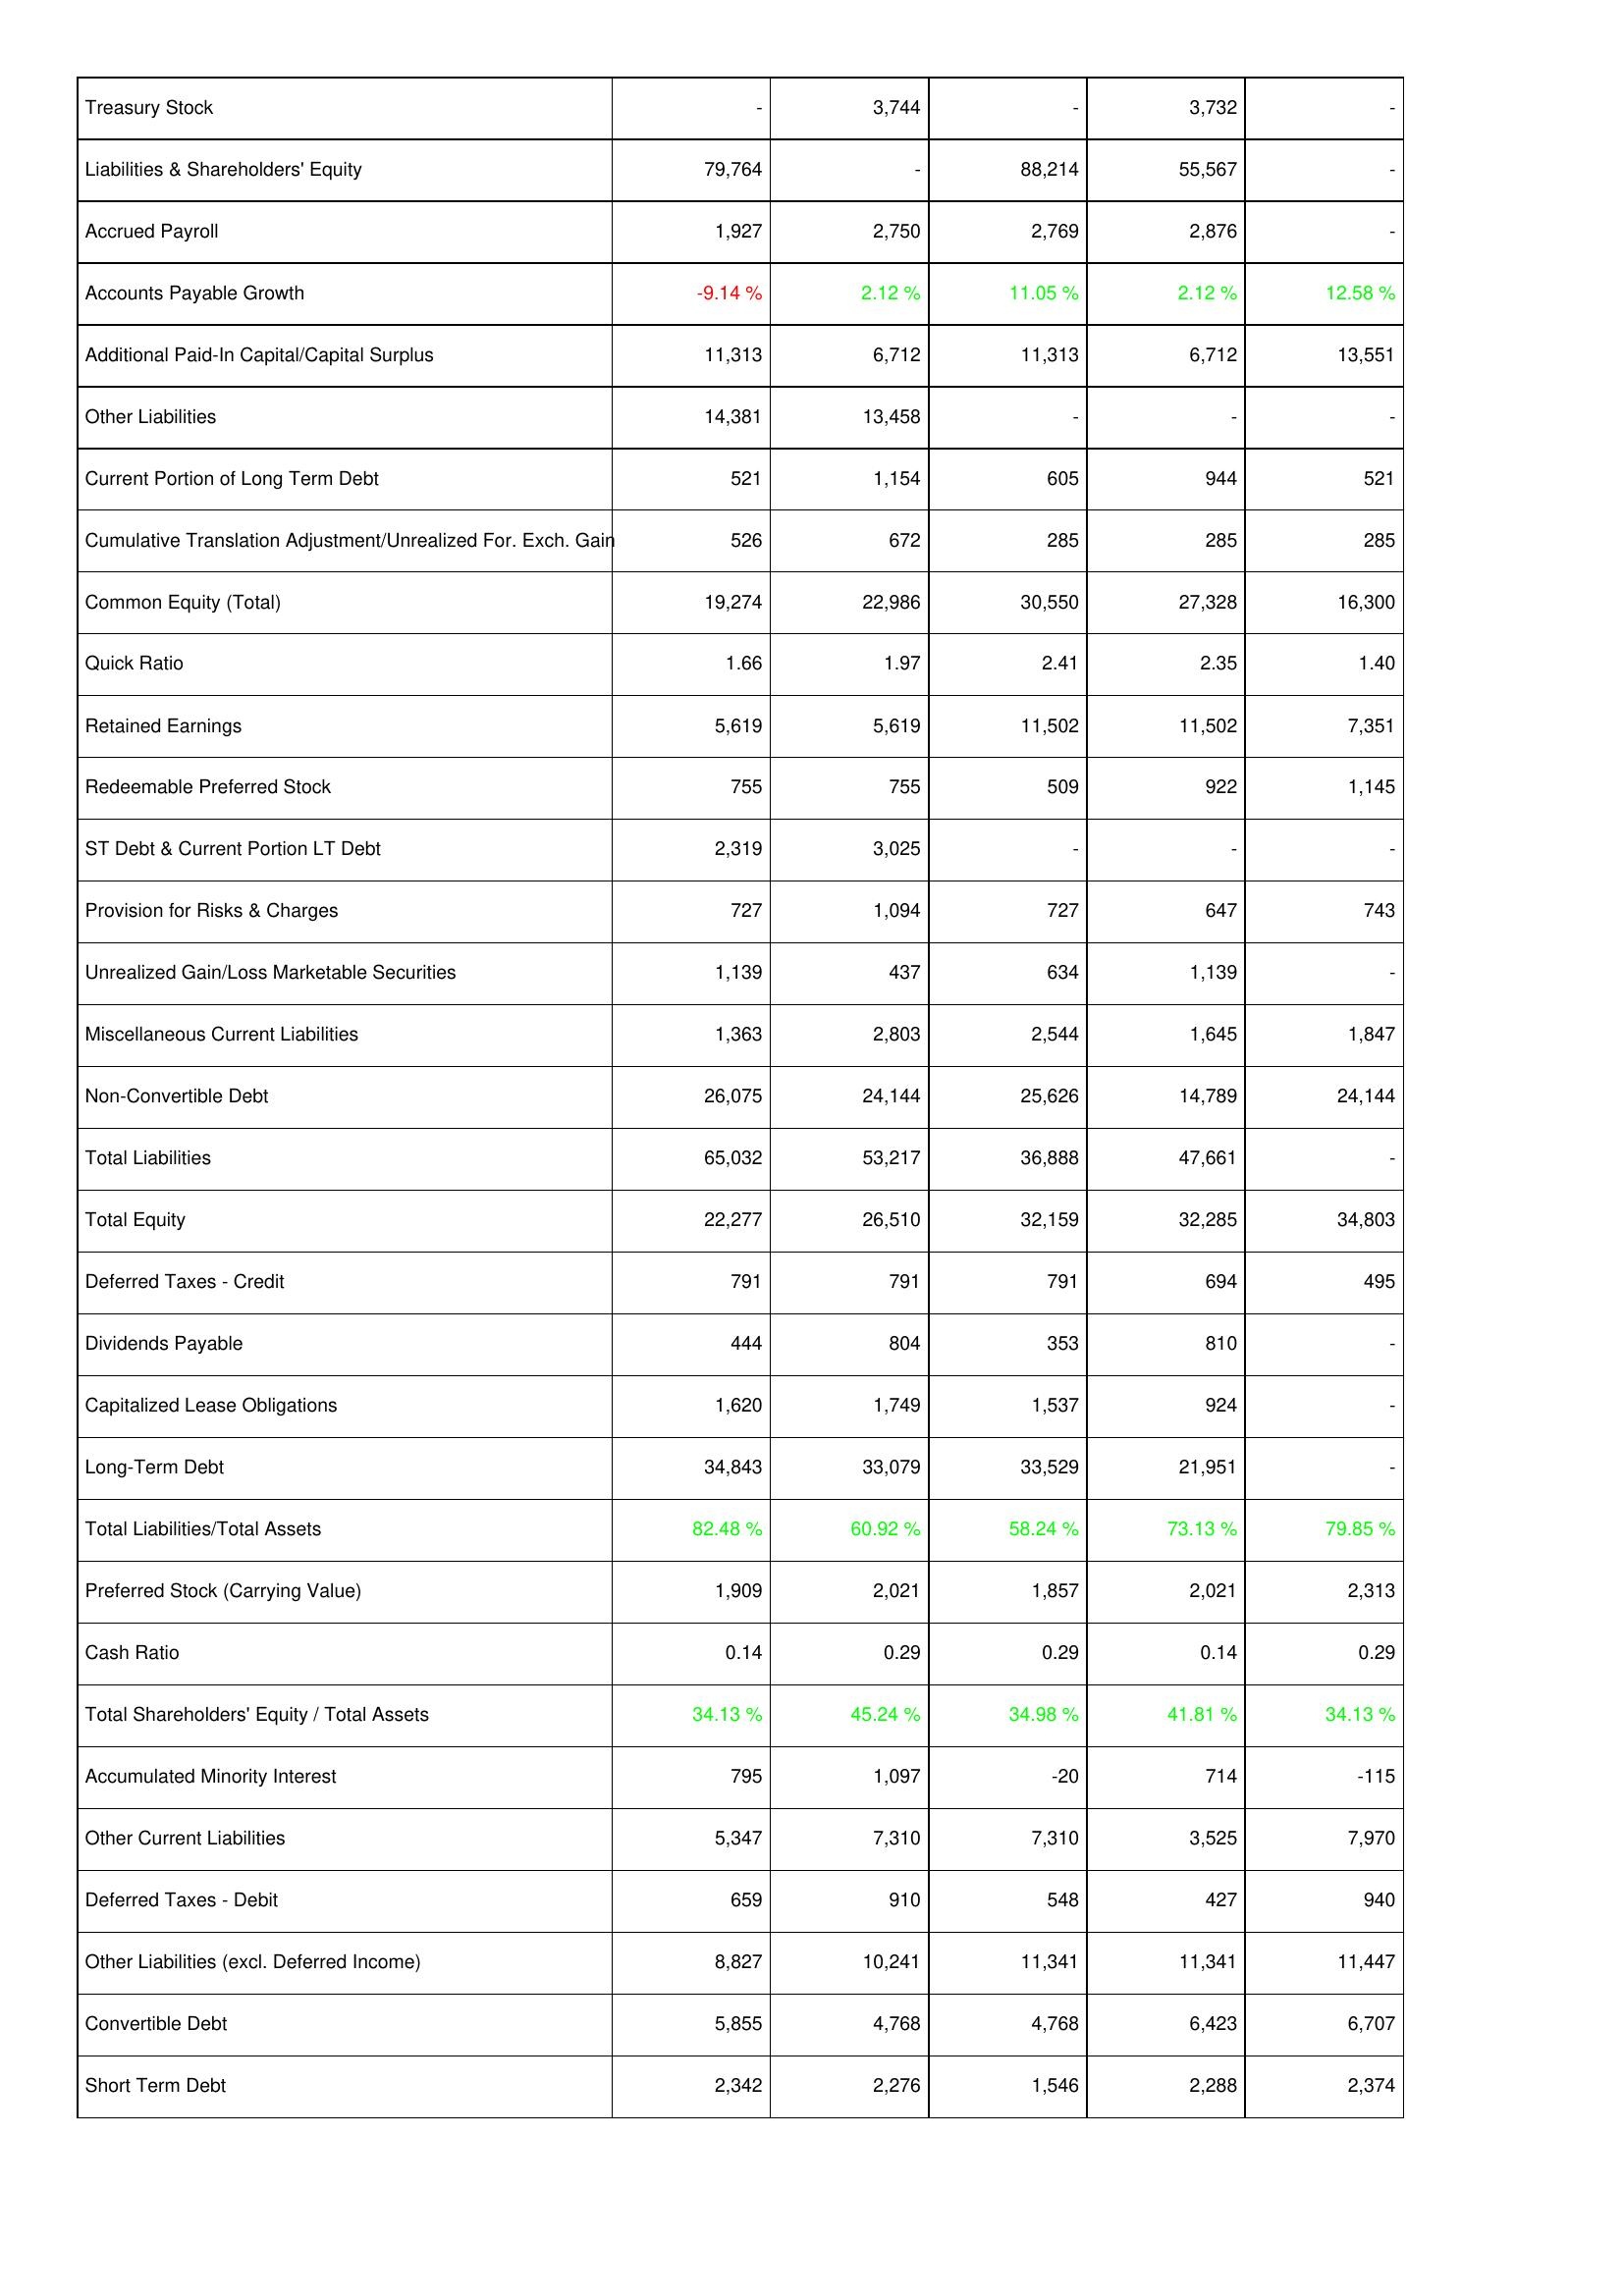
2021: Liabilities & Shareholders' Equity: Treasury Stock: -
Liabilities & Shareholders' Equity: 79,764
Accrued Payroll: 1,927
Accounts Payable Growth: -9.14 %
Additional Paid-In Capital/Capital Surplus: 11,313
Other Liabilities: 14,381
Current Portion of Long Term Debt: 521
Cumulative Translation Adjustment/Unrealized For. Exch. Gain: 526
Common Equity (Total): 19,274
Quick Ratio: 1.66
Retained Earnings: 5,619
Redeemable Preferred Stock: 755
ST Debt & Current Portion LT Debt: 2,319
Provision for Risks & Charges: 727
Unrealized Gain/Loss Marketable Securities: 1,139
Miscellaneous Current Liabilities: 1,363
Non-Convertible Debt: 26,075
Total Liabilities: 65,032
Total Equity: 22,277
Deferred Taxes - Credit: 791
Dividends Payable: 444
Capitalized Lease Obligations: 1,620
Long-Term Debt: 34,843
Total Liabilities/Total Assets: 82.48 %
Preferred Stock (Carrying Value): 1,909
Cash Ratio: 0.14
Total Shareholders' Equity / Total Assets: 34.13 %
Accumulated Minority Interest: 795
Other Current Liabilities: 5,347
Deferred Taxes - Debit: 659
Other Liabilities (excl. Deferred Income): 8,827
Convertible Debt: 5,855
Short Term Debt: 2,342
2020: Liabilities & Shareholders' Equity: Treasury Stock: 3,744
Liabilities & Shareholders' Equity: -
Accrued Payroll: 2,750
Accounts Payable Growth: 2.12 %
Additional Paid-In Capital/Capital Surplus: 6,712
Other Liabilities: 13,458
Current Portion of Long Term Debt: 1,154
Cumulative Translation Adjustment/Unrealized For. Exch. Gain: 672
Common Equity (Total): 22,986
Quick Ratio: 1.97
Retained Earnings: 5,619
Redeemable Preferred Stock: 755
ST Debt & Current Portion LT Debt: 3,025
Provision for Risks & Charges: 1,094
Unrealized Gain/Loss Marketable Securities: 437
Miscellaneous Current Liabilities: 2,803
Non-Convertible Debt: 24,144
Total Liabilities: 53,217
Total Equity: 26,510
Deferred Taxes - Credit: 791
Dividends Payable: 804
Capitalized Lease Obligations: 1,749
Long-Term Debt: 33,079
Total Liabilities/Total Assets: 60.92 %
Preferred Stock (Carrying Value): 2,021
Cash Ratio: 0.29
Total Shareholders' Equity / Total Assets: 45.24 %
Accumulated Minority Interest: 1,097
Other Current Liabilities: 7,310
Deferred Taxes - Debit: 910
Other Liabilities (excl. Deferred Income): 10,241
Convertible Debt: 4,768
Short Term Debt: 2,276
2019: Liabilities & Shareholders' Equity: Treasury Stock: -
Liabilities & Shareholders' Equity: 88,214
Accrued Payroll: 2,769
Accounts Payable Growth: 11.05 %
Additional Paid-In Capital/Capital Surplus: 11,313
Other Liabilities: -
Current Portion of Long Term Debt: 605
Cumulative Translation Adjustment/Unrealized For. Exch. Gain: 285
Common Equity (Total): 30,550
Quick Ratio: 2.41
Retained Earnings: 11,502
Redeemable Preferred Stock: 509
ST Debt & Current Portion LT Debt: -
Provision for Risks & Charges: 727
Unrealized Gain/Loss Marketable Securities: 634
Miscellaneous Current Liabilities: 2,544
Non-Convertible Debt: 25,626
Total Liabilities: 36,888
Total Equity: 32,159
Deferred Taxes - Credit: 791
Dividends Payable: 353
Capitalized Lease Obligations: 1,537
Long-Term Debt: 33,529
Total Liabilities/Total Assets: 58.24 %
Preferred Stock (Carrying Value): 1,857
Cash Ratio: 0.29
Total Shareholders' Equity / Total Assets: 34.98 %
Accumulated Minority Interest: -20
Other Current Liabilities: 7,310
Deferred Taxes - Debit: 548
Other Liabilities (excl. Deferred Income): 11,341
Convertible Debt: 4,768
Short Term Debt: 1,546
2018: Liabilities & Shareholders' Equity: Treasury Stock: 3,732
Liabilities & Shareholders' Equity: 55,567
Accrued Payroll: 2,876
Accounts Payable Growth: 2.12 %
Additional Paid-In Capital/Capital Surplus: 6,712
Other Liabilities: -
Current Portion of Long Term Debt: 944
Cumulative Translation Adjustment/Unrealized For. Exch. Gain: 285
Common Equity (Total): 27,328
Quick Ratio: 2.35
Retained Earnings: 11,502
Redeemable Preferred Stock: 922
ST Debt & Current Portion LT Debt: -
Provision for Risks & Charges: 647
Unrealized Gain/Loss Marketable Securities: 1,139
Miscellaneous Current Liabilities: 1,645
Non-Convertible Debt: 14,789
Total Liabilities: 47,661
Total Equity: 32,285
Deferred Taxes - Credit: 694
Dividends Payable: 810
Capitalized Lease Obligations: 924
Long-Term Debt: 21,951
Total Liabilities/Total Assets: 73.13 %
Preferred Stock (Carrying Value): 2,021
Cash Ratio: 0.14
Total Shareholders' Equity / Total Assets: 41.81 %
Accumulated Minority Interest: 714
Other Current Liabilities: 3,525
Deferred Taxes - Debit: 427
Other Liabilities (excl. Deferred Income): 11,341
Convertible Debt: 6,423
Short Term Debt: 2,288
2017: Liabilities & Shareholders' Equity: Treasury Stock: -
Liabilities & Shareholders' Equity: -
Accrued Payroll: -
Accounts Payable Growth: 12.58 %
Additional Paid-In Capital/Capital Surplus: 13,551
Other Liabilities: -
Current Portion of Long Term Debt: 521
Cumulative Translation Adjustment/Unrealized For. Exch. Gain: 285
Common Equity (Total): 16,300
Quick Ratio: 1.40
Retained Earnings: 7,351
Redeemable Preferred Stock: 1,145
ST Debt & Current Portion LT Debt: -
Provision for Risks & Charges: 743
Unrealized Gain/Loss Marketable Securities: -
Miscellaneous Current Liabilities: 1,847
Non-Convertible Debt: 24,144
Total Liabilities: -
Total Equity: 34,803
Deferred Taxes - Credit: 495
Dividends Payable: -
Capitalized Lease Obligations: -
Long-Term Debt: -
Total Liabilities/Total Assets: 79.85 %
Preferred Stock (Carrying Value): 2,313
Cash Ratio: 0.29
Total Shareholders' Equity / Total Assets: 34.13 %
Accumulated Minority Interest: -115
Other Current Liabilities: 7,970
Deferred Taxes - Debit: 940
Other Liabilities (excl. Deferred Income): 11,447
Convertible Debt: 6,707
Short Term Debt: 2,374